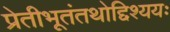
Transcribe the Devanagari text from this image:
प्रेतीभूतंतथोद्दिश्ययः